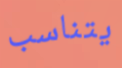
يتناسب